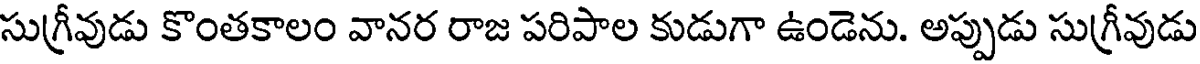
సుగ్రీవుడు కొంతకాలం వానర రాజ పరిపాల కుడుగా ఉండెను. అప్పుడు సుగ్రీవుడు